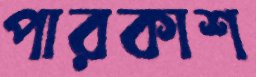
পারকাশ